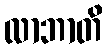
လာဘာတိ